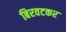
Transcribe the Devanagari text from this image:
बिरवटकर